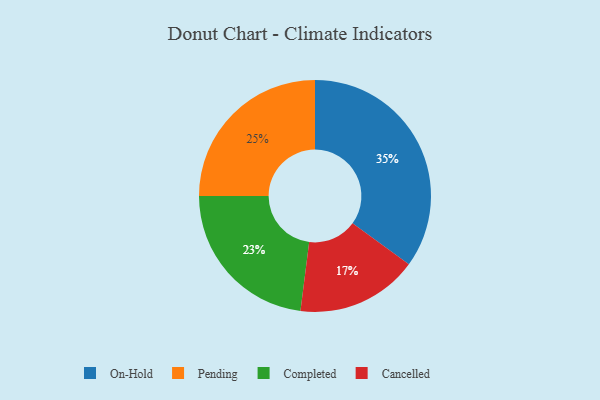
{"axis": {"x": "Category", "y": "Percentage"}, "legend": ["Cancelled", "Completed", "On-Hold", "Pending"], "data": [{"x": "Cancelled", "y": 17, "type": "Cancelled"}, {"x": "Completed", "y": 23, "type": "Completed"}, {"x": "Pending", "y": 25, "type": "Pending"}, {"x": "On-Hold", "y": 35, "type": "On-Hold"}]}